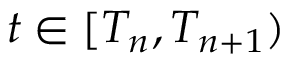
t \in [ T _ { n } , T _ { n + 1 } )